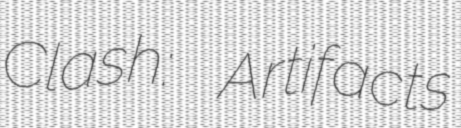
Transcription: Clash: Artifacts